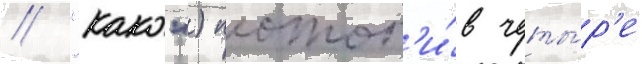
/ "како") потоп'и́в четы́р'е